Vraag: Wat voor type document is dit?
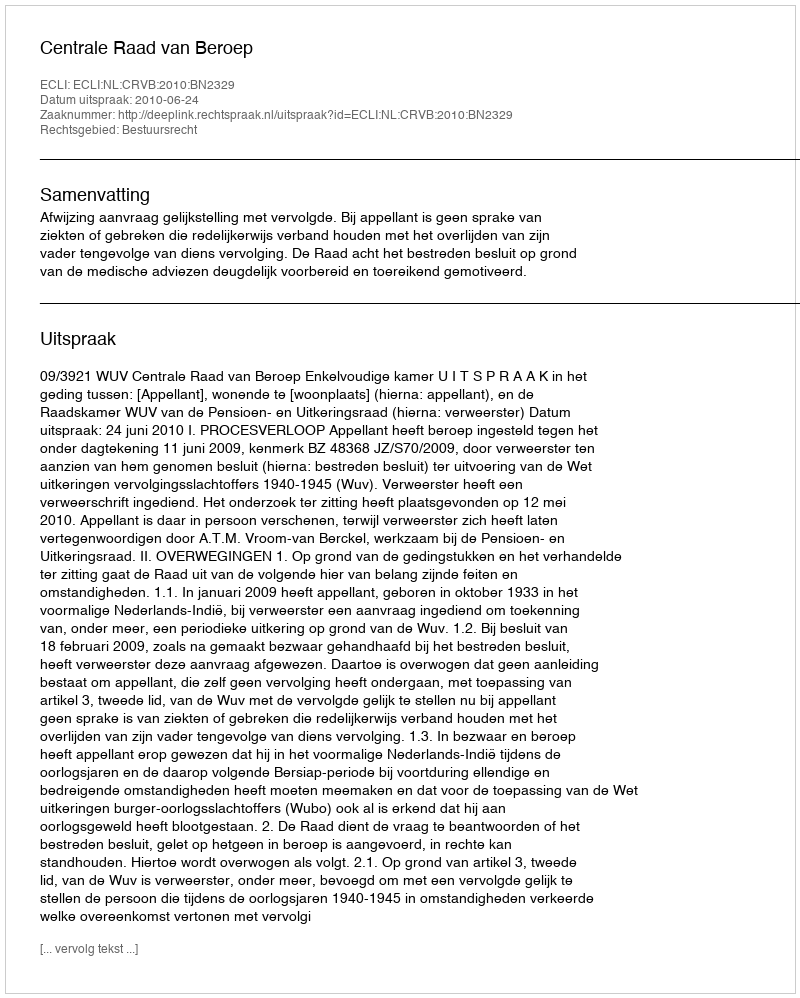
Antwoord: Uitspraak